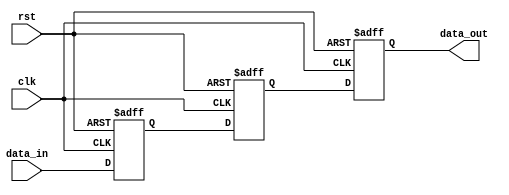
module three_flop_synchronizer (
    input wire clk,            // Clock input
    input wire rst,            // Reset input
    input wire data_in,        // Input data signal
    output reg data_out        // Output synchronized data signal
);

reg flop1, flop2, flop3;    // Declare flip-flop signals

// First flip-flop capturing input signal on rising edge of clock
always @(posedge clk or posedge rst)
begin
    if (rst)
        flop1 <= 1'b0;
    else
        flop1 <= data_in;
end

// Second flip-flop synchronizing output of first flip-flop to clock signal
always @(posedge clk or posedge rst)
begin
    if (rst)
        flop2 <= 1'b0;
    else
        flop2 <= flop1;
end

// Third flip-flop further synchronizing output signal
always @(posedge clk or posedge rst)
begin
    if (rst)
        flop3 <= 1'b0;
    else
        flop3 <= flop2;
end

assign data_out = flop3;    // Assign synchronized output data

endmodule